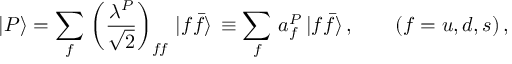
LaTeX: | P \rangle = \sum _ { f } \, \left( \frac { \lambda ^ { P } } { \sqrt { 2 } } \right) _ { f \! f } \, | f \bar { f } \rangle \, \equiv \sum _ { f } \, a _ { f } ^ { P } \, | f \bar { f } \rangle \, , \qquad ( f = u , d , s ) \, ,